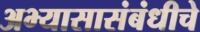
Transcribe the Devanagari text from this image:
अभ्यासासंबंधीचे